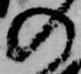
の